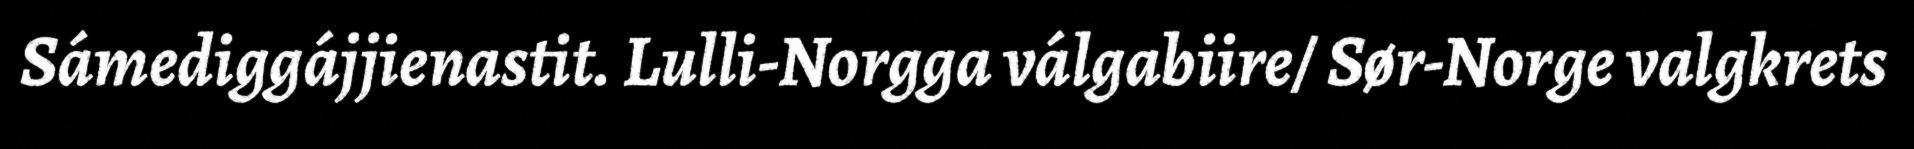
Sámediggájjienastit. Lulli-Norgga válgabiire/ Sør-Norge valgkrets